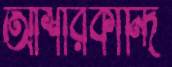
আশারকান্দি